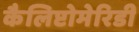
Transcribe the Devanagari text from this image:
कैलिप्टोमेरिडी